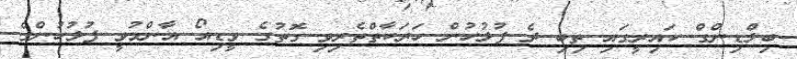
ބިލްޑިންގް ކައިރީގައި ތިބި ދެ ފުލުހުން ހަރަކާތްތެރިވި ގޮތުގެ ވީޑިއޯ އާންމުވީ ފުލުހުންގެ